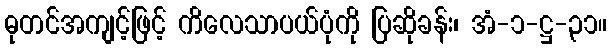
ဓုတင်အကျင့်ဖြင့် ကိလေသာပယ်ပုံကို ပြဆိုခန်း၊ အံ-၁-ဋ္ဌ-၃၁။